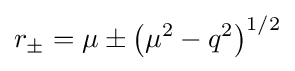
r_{\pm }=\mu \pm \left(\mu ^{2}-q^{2}\right)^{1/2}